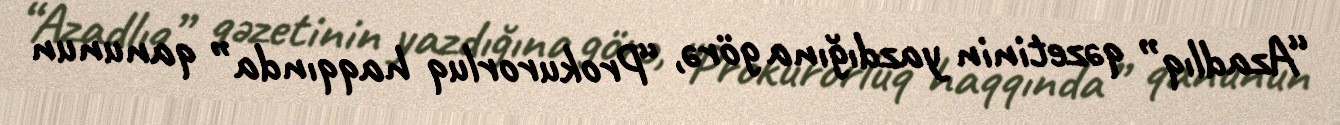
“Azadlıq” qəzetinin yazdığına görə, “Prokurorluq haqqında” qanunun